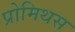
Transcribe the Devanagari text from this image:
प्रोमिथस